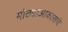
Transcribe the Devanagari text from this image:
मोठ्याआकाराचे